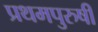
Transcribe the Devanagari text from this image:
प्रथमपुरुषी